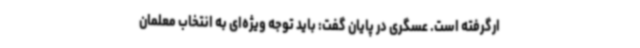
ارگرفته است. عسگری در پایان گفت: باید توجه ویژه‌ای به انتخاب معلمان